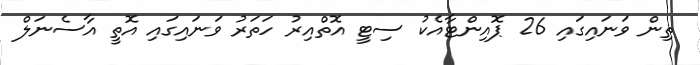
ތިން ވަނައިގައި 26 ޕޮއިންޓާއެކު ސިޓީ އޮތްއިރު ހަތަރު ވަނައިގައި އޮތީ އާސެނަލް